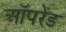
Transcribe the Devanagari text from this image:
ऑपरेंड